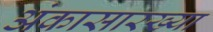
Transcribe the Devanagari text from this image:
अंकासारख्या